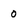
Character: 0